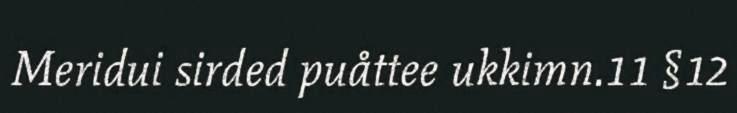
Meridui sirded puåttee ukkimn.11 §12